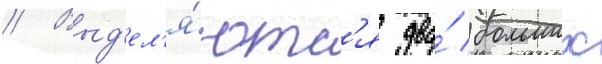
// Выд'ел'я́ютс'я два́ больших